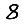
Digit: 8